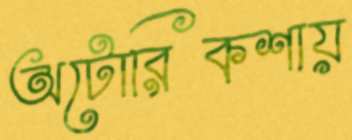
অটোরিকশায়